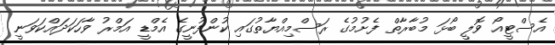
އެސްޓީއޯ ވޮލީ ބޯޅަ މުބާރާތް ފެށުމުގެ ރަސްމިއްޔާތުގައި ކުންފުނީގެ އެމްޑީ އަމްރު ވާހަކަދައްކަވަނީ